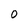
Character: O